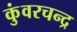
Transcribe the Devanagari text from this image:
कुंवरचन्द्र